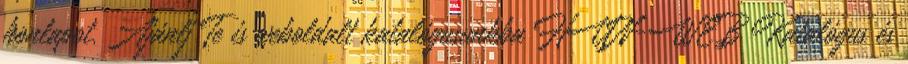
honlapot. Ajánlj Te is weboldalt katalógusunkba HUN-WEB Katalógus és